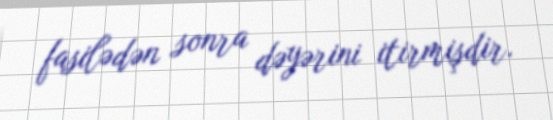
fasilədən sonra dəyərini itirmişdir.